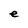
Character: e